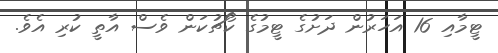
ޓީމާއި 16 އަހަރުން ދަށުގެ ޓީމުގެ ކޯޗުކަން ވެސް އާތީ ކުރި އެވެ.